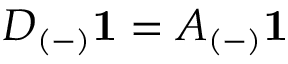
D _ { ( - ) } \mathbf { 1 } = A _ { ( - ) } \mathbf { 1 }